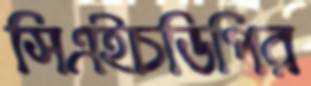
সিএইচডিপির